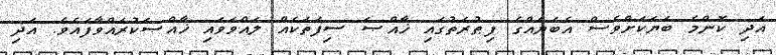
އަދި ކޮންމެ ބަޔަކަށްވެސް އެބަޔެއްގެ ފިޠުރަތުގައި ޚާއްޞަ ސިފަތަކެއް ލައްވަވައި ޚާއްޞަކުރައްވާފައެވެ. އަދި